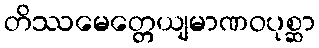
တိဿမေတ္တေယျမာဏဝပုစ္ဆာ